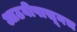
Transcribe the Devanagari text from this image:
आठवीपासूनच